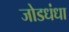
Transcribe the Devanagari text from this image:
जोडधंधा